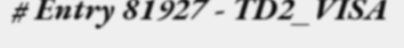
# Entry 81927 - TD2_VISA